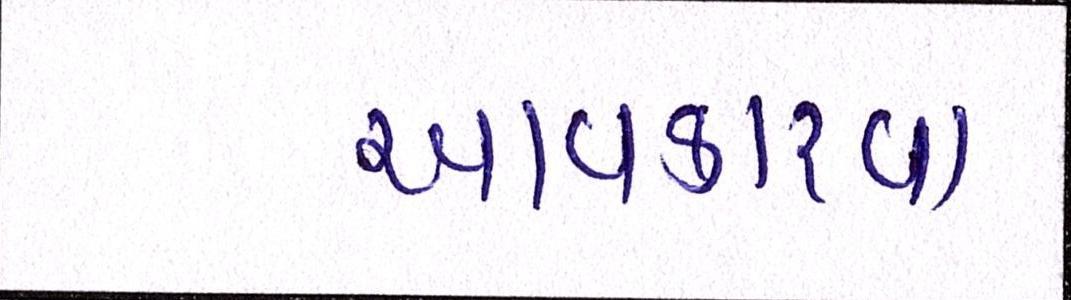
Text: આવકારવા